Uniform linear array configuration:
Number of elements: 24
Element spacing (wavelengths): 0.75
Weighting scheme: hamming
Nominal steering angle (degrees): -45
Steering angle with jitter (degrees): -45.928
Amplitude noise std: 0.05
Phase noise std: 0.05

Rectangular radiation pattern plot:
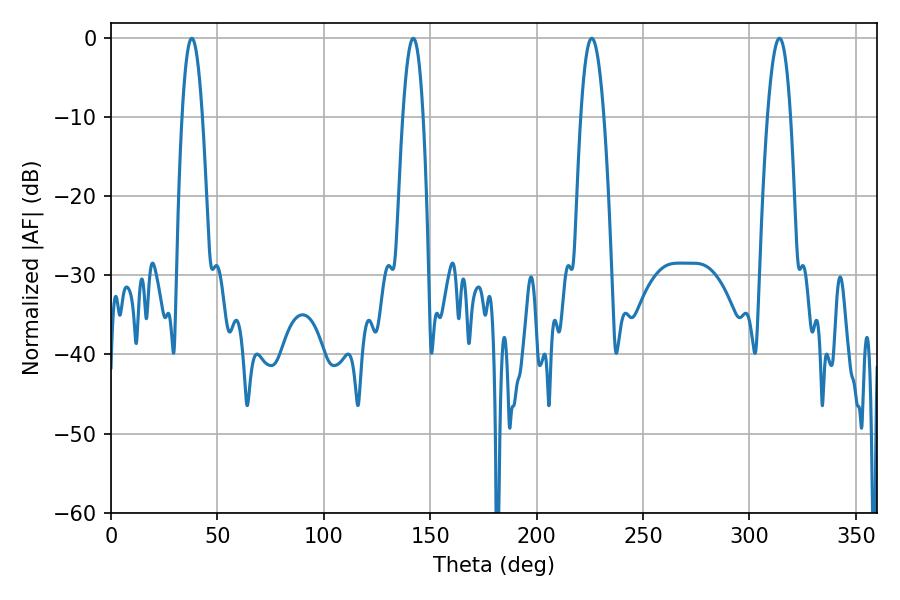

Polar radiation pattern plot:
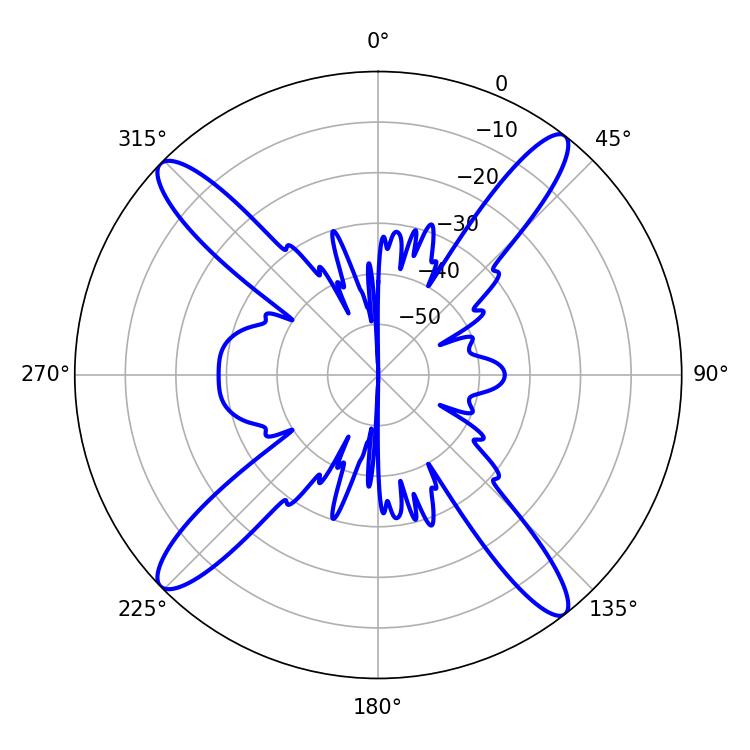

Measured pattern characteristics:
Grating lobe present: TRUE
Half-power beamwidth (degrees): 5.94
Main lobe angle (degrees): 225.9